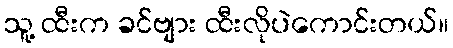
သူ့ ထီးက ခင်ဗျား ထီးလိုပဲကောင်းတယ်။